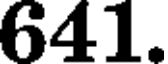
641.